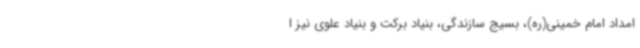
امداد امام خمینی(ره)، بسیج سازندگی، بنیاد برکت و بنیاد علوی نیز ا